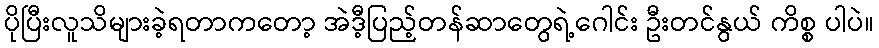
ပိုပြီးလူသိများခဲ့ရတာကတော့ အဲဒီ့ပြည့်တန်ဆာတွေရဲ့ဂေါင်း ဦးတင်နွယ် ကိစ္စ ပါပဲ။